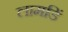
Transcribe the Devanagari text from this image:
लामडिं